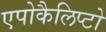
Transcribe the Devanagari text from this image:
एपोकैलिप्टो